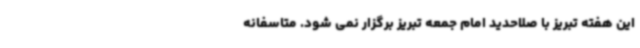
این هفته تبریز با صلاحدید امام جمعه تبریز برگزار نمی شود. متاسفانه